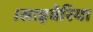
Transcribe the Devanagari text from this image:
।साइबेरिया